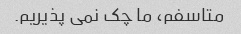
متاسفم، ما چک نمی پذیریم.